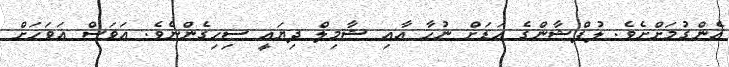
އެންގުމަށްށެވެ. ލުފްޝާންގެ އަޑަށް ނުހާ އާއި ޝާމިލް ދިޔައީ ސިހިގެންނެވެ. އަވަސް އަވަހަށް